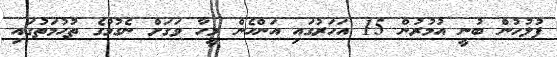
ފުލުހުން ބުނީ އުމުރުން 15 އަހަރުގައި އަންހެން މީހާ ވަގަށް ނެގުމުގެ ތުހުމަތުގައި